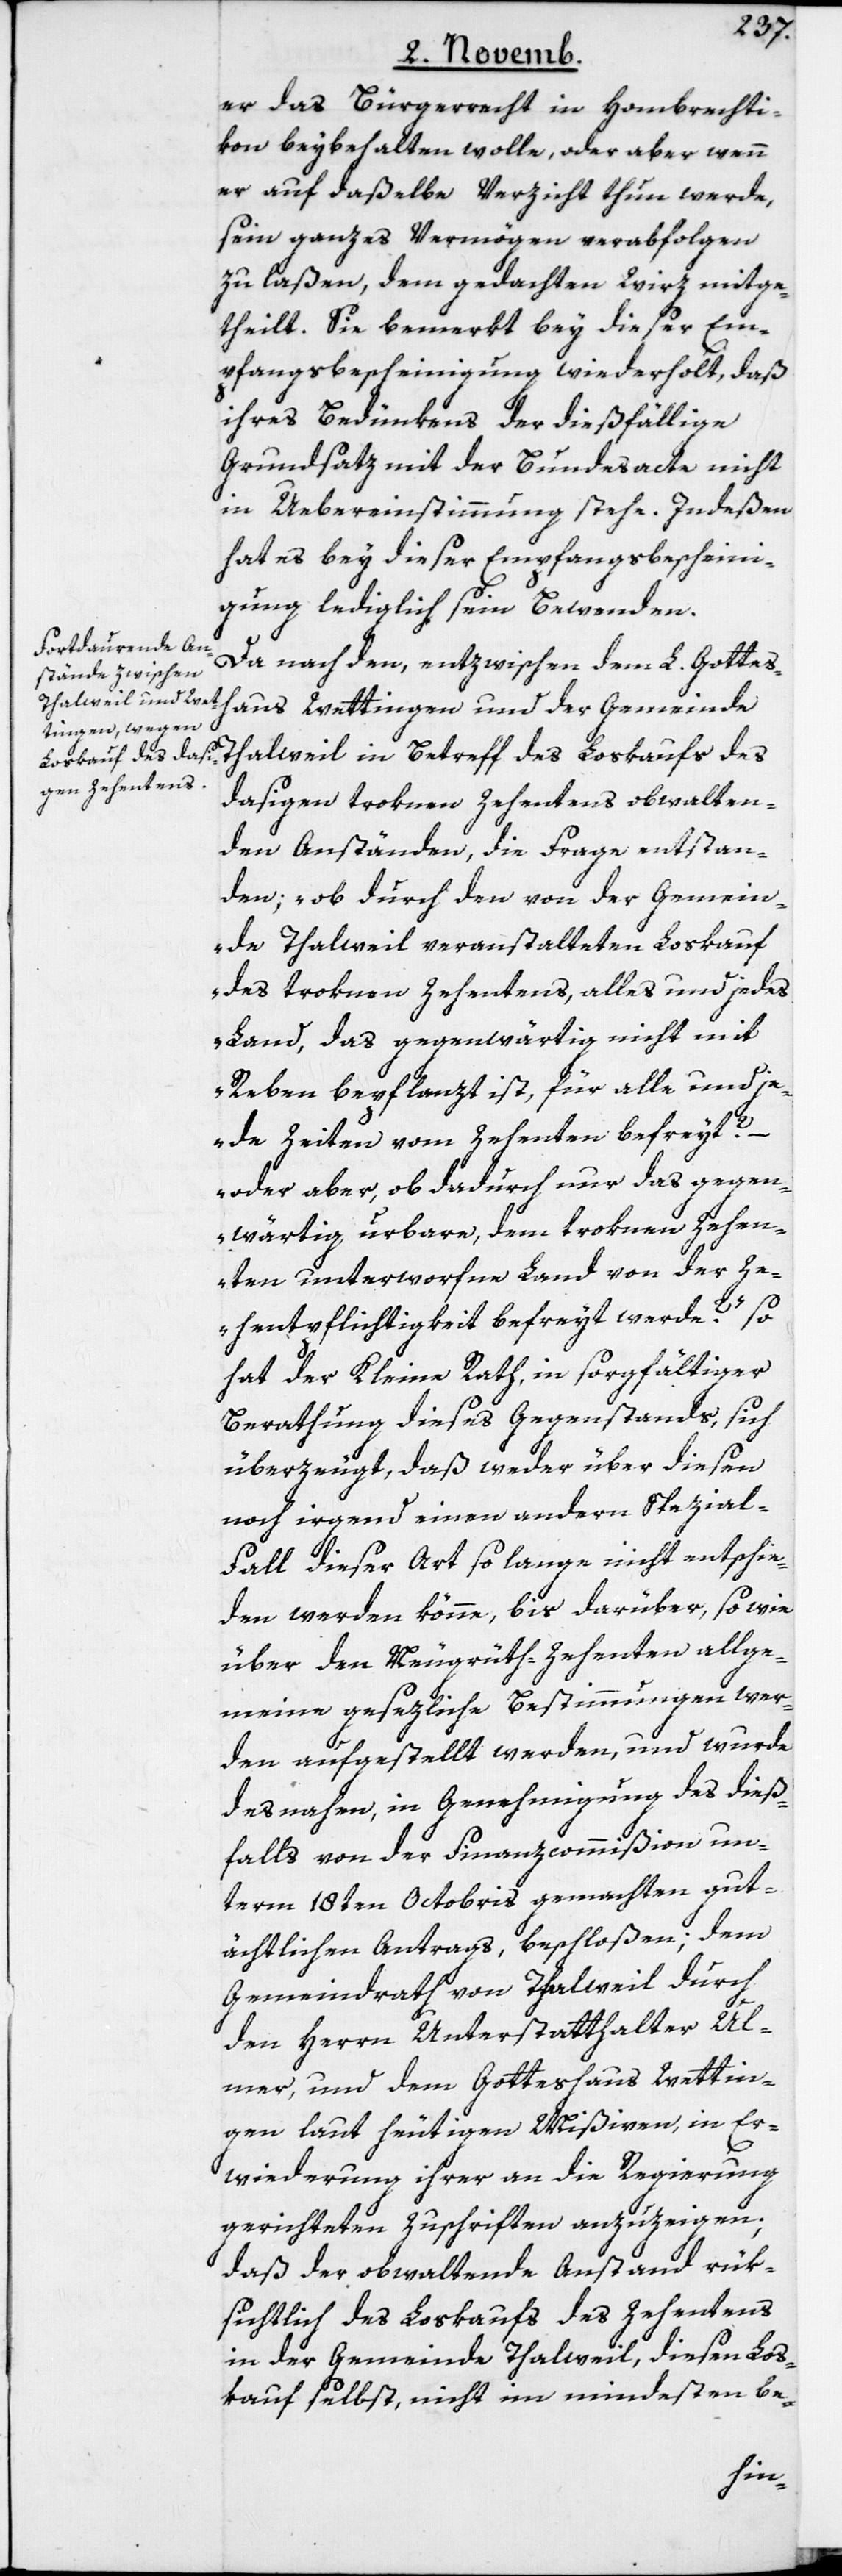
er das Bürgerrecht in Hombrechti¬
kon beybehalten wolle, oder aber wenn
er auf daßelbe Verzicht thun werde,
sein ganzes Vermögen verabfolgen
zu laßen, dem gedachten Wirz mitge¬
theilt. Sie bemerkt bey dieser Em¬
pfangsbescheinigung wiederholt, daß
ihres Bedünkens der dießfällige
Grundsatz mit der Bundesacte nicht
in Uebereinstimmung stehe. Indeßen
hat es bey dieser Empfangsbescheini¬
gung lediglich sein Bewenden.
Da nach den, entzwischen dem L. Gottes¬
haus Wettingen und der Gemeinde
des
dasigen troknen Zehentens obwalten¬
den Anständen, die Frage entstan¬
den: „ob durch den von der Gemein¬
de Thalweil veranstalteten Loskauf
des troknen Zehentens, alles und jedes
Land, das gegenwärtig nicht mit
Reben bepflanzt ist, für alle und je¬
de Zeiten vom Zehenten befreyt?
oder aber, ob dadurch nur das gegen¬
wärtig urbare, dem troknen Zehen¬
ten unterworfene Land von der Ze¬
henpflichtigkeit befreyt werde?“ – so
hat der Kleine Rath, in sorgfältiger
Berathung dieses Gegenstands, sich
überzeugt, daß weder über diesen
noch irgend einen andern Spezial-F¬
all dieser Art so lange nicht entschie¬
den werden könne, bis darüber, sowie
über den Neugrüth-Zehenten allge¬
meine gesezliche Bestimmungen wer¬
den aufgestellt werden, und wurde
desnahen, in Genehmigung des dieß¬
falls von der Finanzcommißion un¬
term 18ten Octobris gemachten gut¬
ächtlichen Antrags, beschloßen; dem
Gemeindrath von Thalweil durch
den Herrn Unterstatthalter Ul¬
mer, und dem Gotteshaus Wettin¬
gen laut heutigen Mißiven, in Er¬
wiederung ihrer an die Regierung
gerichteten Zuschriften anzuzeigen,
daß der obwaltende Anstand rük¬
sichtlich des Loskaufs des Zehentens
in der Gemeinde Thalweil, diesen Los¬
kauf selbst, nicht im mindesten be-